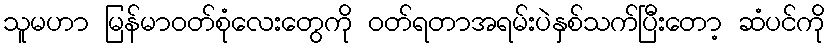
သူမဟာ မြန်မာ၀တ်စုံလေးတွေကို ၀တ်ရတာအရမ်းပဲနှစ်သက်ပြီးတော့ ဆံပင်ကို